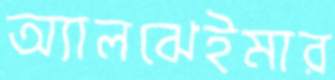
অ্যালঝেইমার